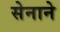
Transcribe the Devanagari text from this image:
सेनाने